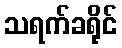
သရက်ခရိုင်